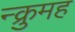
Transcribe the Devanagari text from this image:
न्क्रुमह